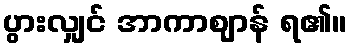
ပွားလျှင် အာကာဈာန် ရ၏။